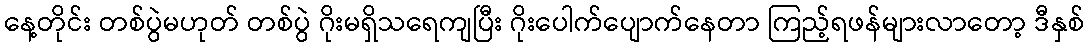
နေ့တိုင်း တစ်ပွဲမဟုတ် တစ်ပွဲ ဂိုးမရှိသရေကျပြီး ဂိုးပေါက်ပျောက်နေတာ ကြည့်ရဖန်များလာတော့ ဒီနှစ်